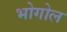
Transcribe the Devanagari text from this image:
भोगोल